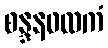
စန္ဒနဖလကံ